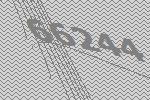
66244